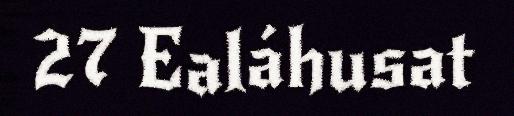
27 Ealáhusat